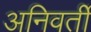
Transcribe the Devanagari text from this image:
अनिवर्ती